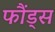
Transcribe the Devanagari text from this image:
फौंड्स